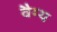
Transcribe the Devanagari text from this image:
वैग्य